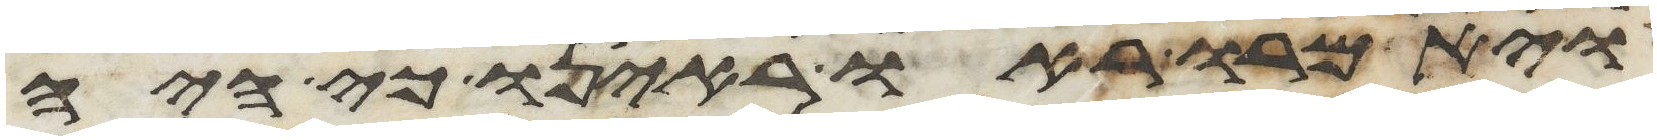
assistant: ויאמרו ראו ראינו כי היה